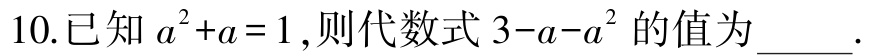
10.已知\(a^{2}+a = 1\)，则代数式\(3 - a - a^{2}\)的值为____.